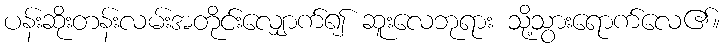
ပန်းဆိုးတန်းလမ်းအတိုင်းလျှောက်၍ ဆူးလေဘုရား သို့သွားရောက်လေ၏။